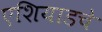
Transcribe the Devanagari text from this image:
एशियाडचे